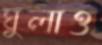
ঘুলাও